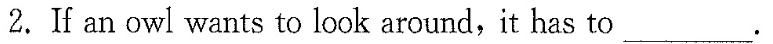
2.If an owl wants to look around,it has to ___.